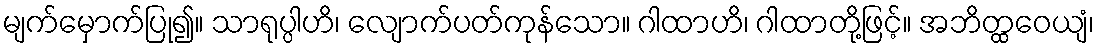
မျက်မှောက်ပြု၍။ သာရုပ္ပါဟိ၊ လျောက်ပတ်ကုန်သော။ ဂါထာဟိ၊ ဂါထာတို့ဖြင့်။ အဘိတ္ထဝေယျံ၊